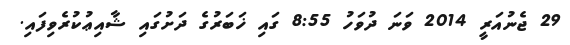
29 ޖެނުއަރީ 2014 ވަނަ ދުވަހު 8:55 ގައި ޚަބަރުގެ ދަށުގައި ޝާއިޢުކުރެވިފައި.